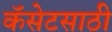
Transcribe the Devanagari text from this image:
कॅसेटसाठी